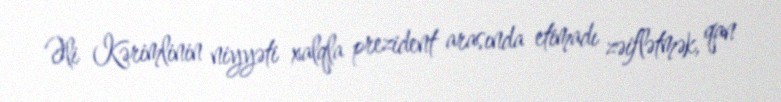
Əli Kərimlinin niyyəti xalqla prezident arasında etimadı zəiflətmək, qan